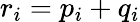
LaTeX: r_{i}=p_{i}+q_{i}